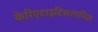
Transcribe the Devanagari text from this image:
केरिएटाइटिसशामिल